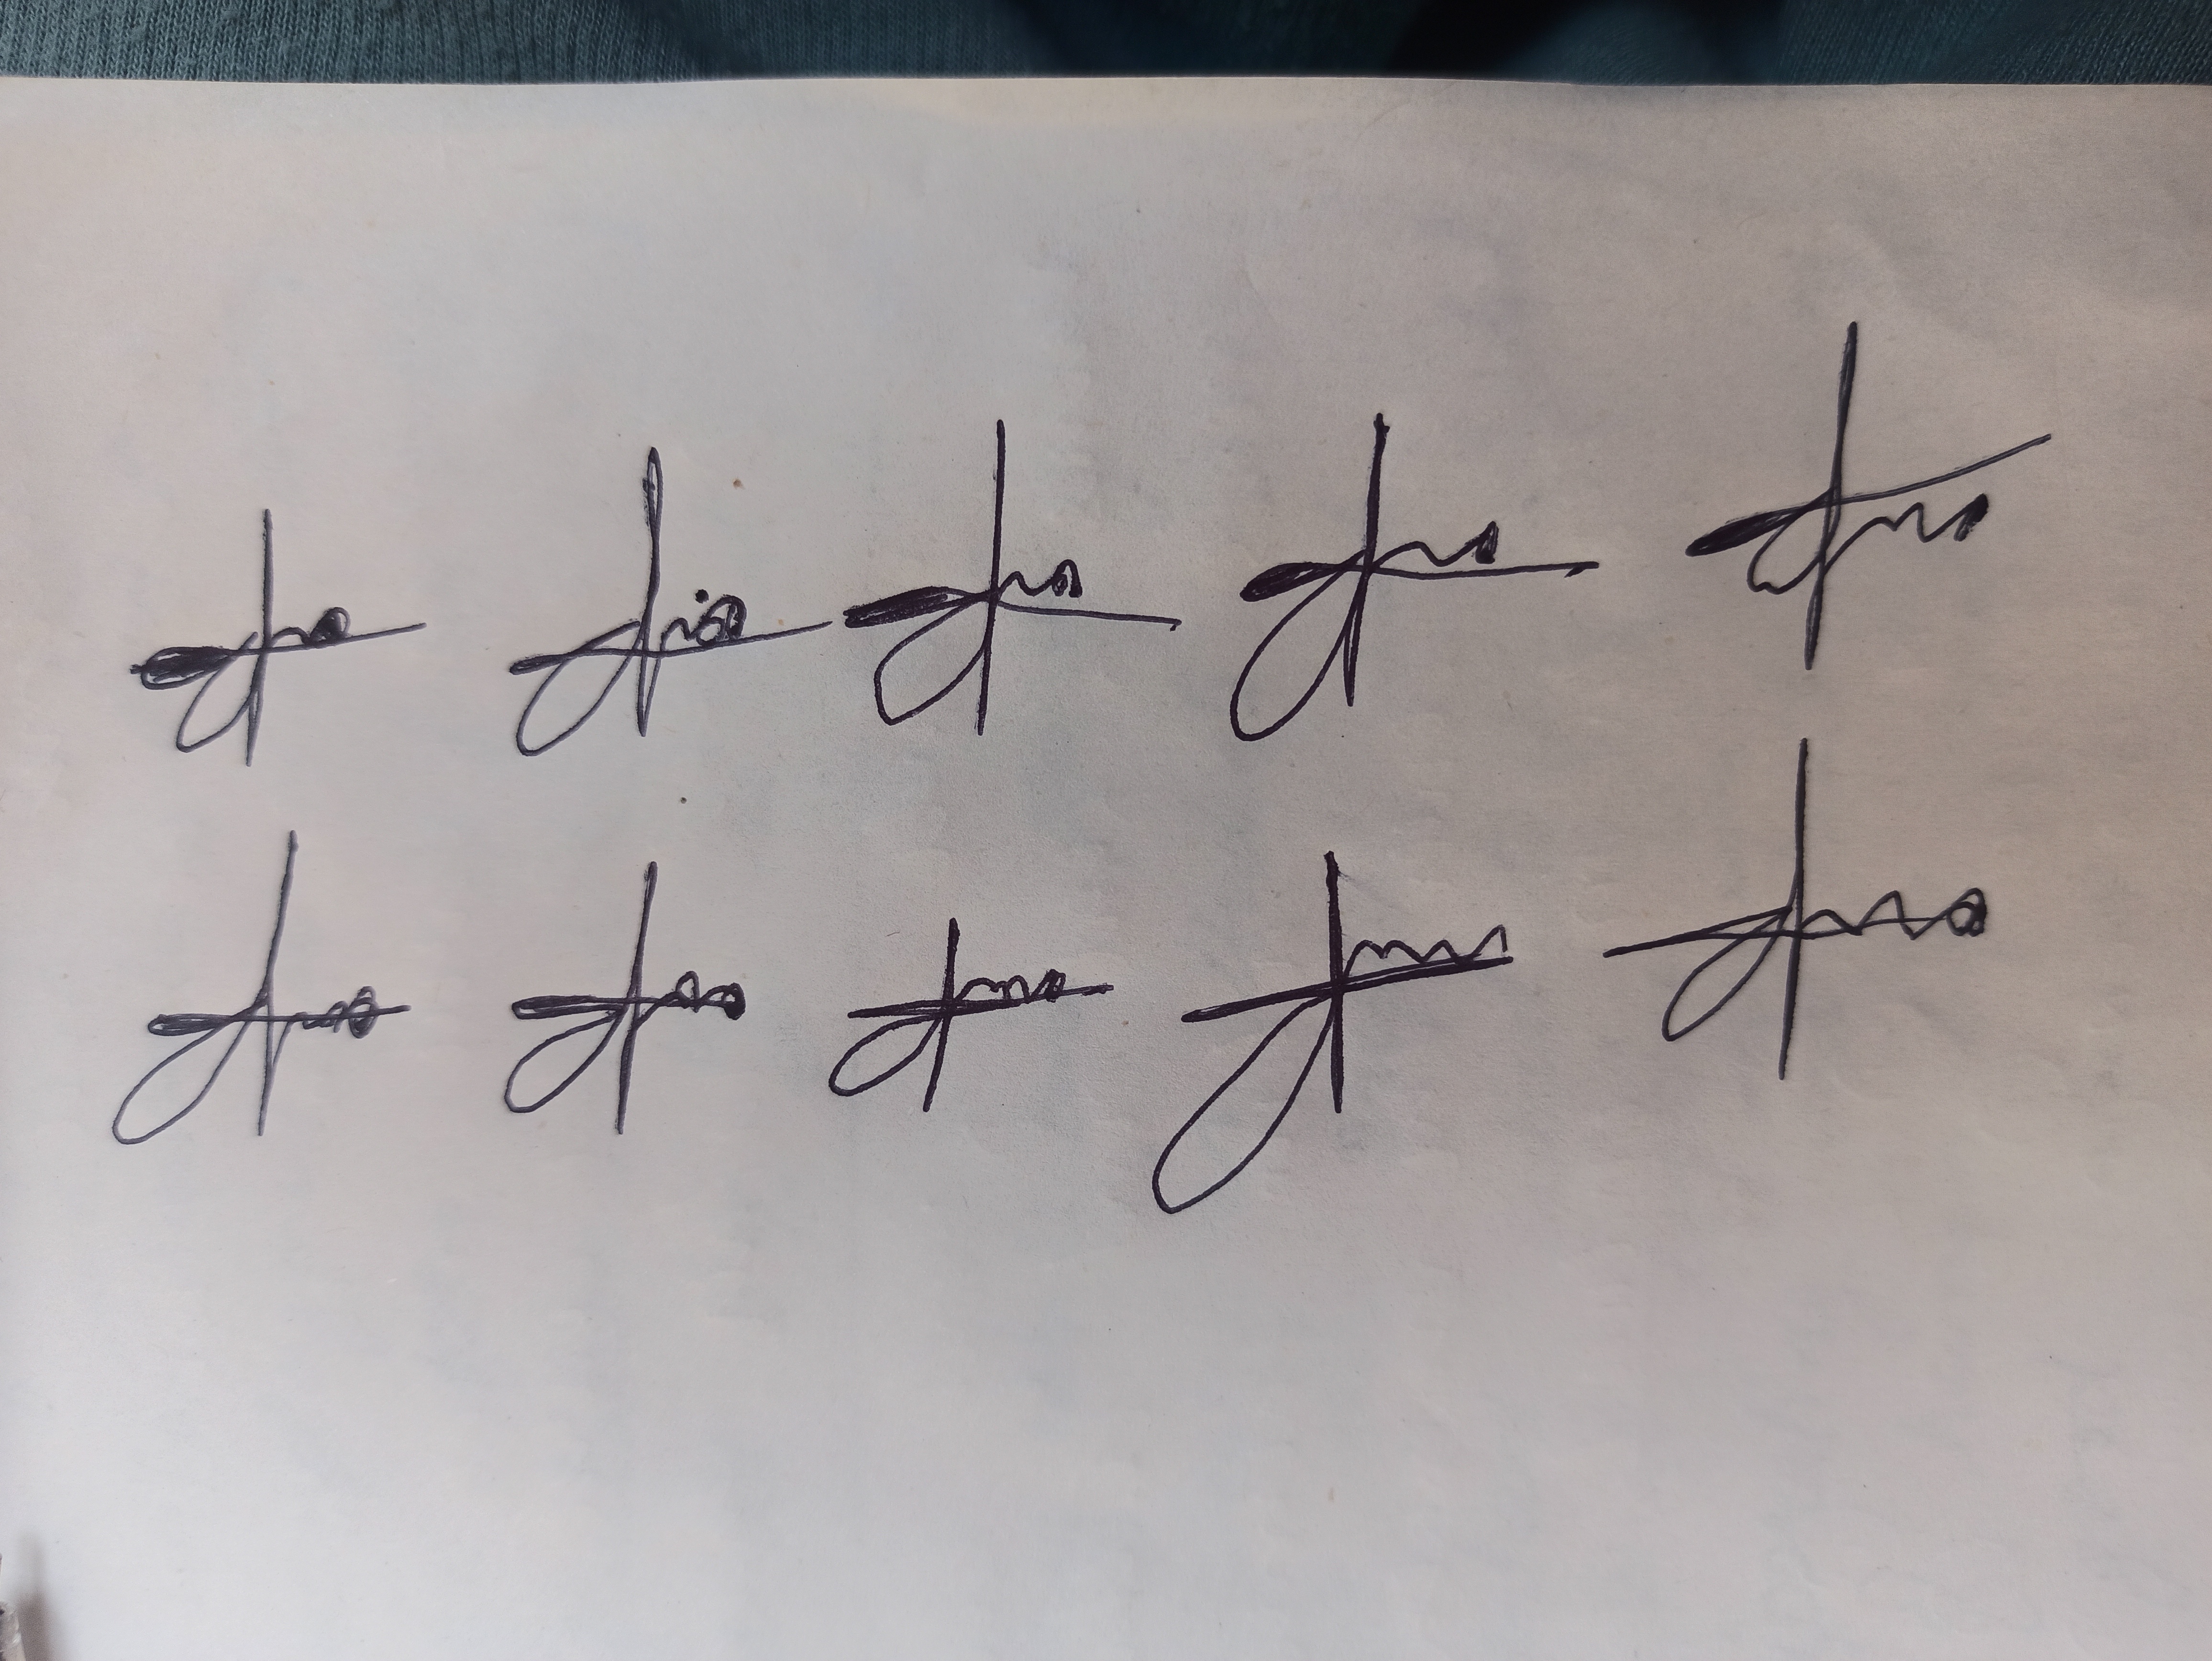
Signature authenticity: forged